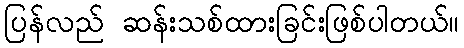
ပြန်လည် ဆန်းသစ်ထားခြင်းဖြစ်ပါတယ်။